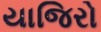
યાજિરો